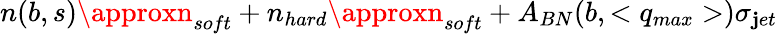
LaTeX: n(b,s)\approxn_{soft}+n_{hard}\approxn_{soft}+A_{BN}(b,<q_{max}>)\sigma_{\mathbf{j}et}